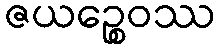
ဇယဉ္စေဝဿ